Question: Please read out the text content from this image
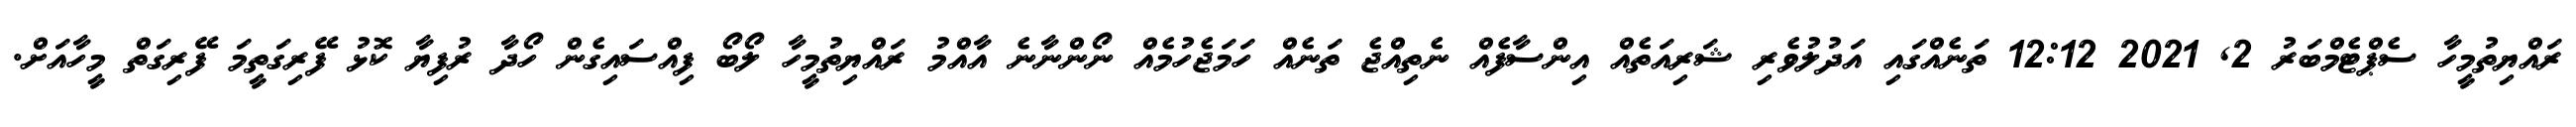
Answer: ރައްޔިތުމީހާ ސެޕްޓެމްބަރު 2, 2021 12:12 ތަނެއްގައި އަދުލުވެރި ޝަރިއަތެއް އިންސާފެއް ނެތިއްޖެ ތަނެއް ހަމަޖެހުމެއް ނޯންނާނެ އާއްމު ރައްޔިތުމީހާ ލޯބޯ ފިއްސައިގެން ހޯދާ ރުފިޔާ ކޮޅު ފޭރިގަތީމަ ފޭރިގަތް މީހާއަށް.